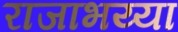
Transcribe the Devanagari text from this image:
राजाभय्या